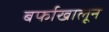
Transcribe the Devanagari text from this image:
बर्फाखालून